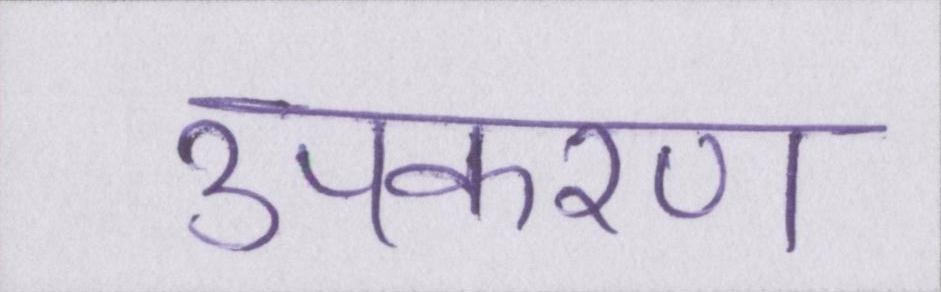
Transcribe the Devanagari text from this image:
उपकरण